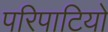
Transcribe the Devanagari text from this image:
परिपाटियो